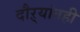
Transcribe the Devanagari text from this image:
दौऱ्यांतही